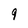
Character: 9